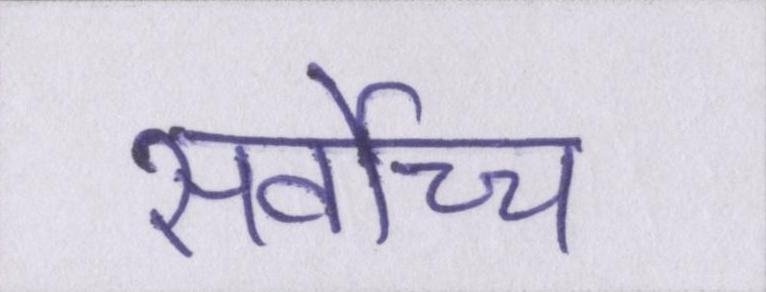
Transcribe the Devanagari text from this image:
सर्वोच्च